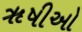
ૠષીઓ